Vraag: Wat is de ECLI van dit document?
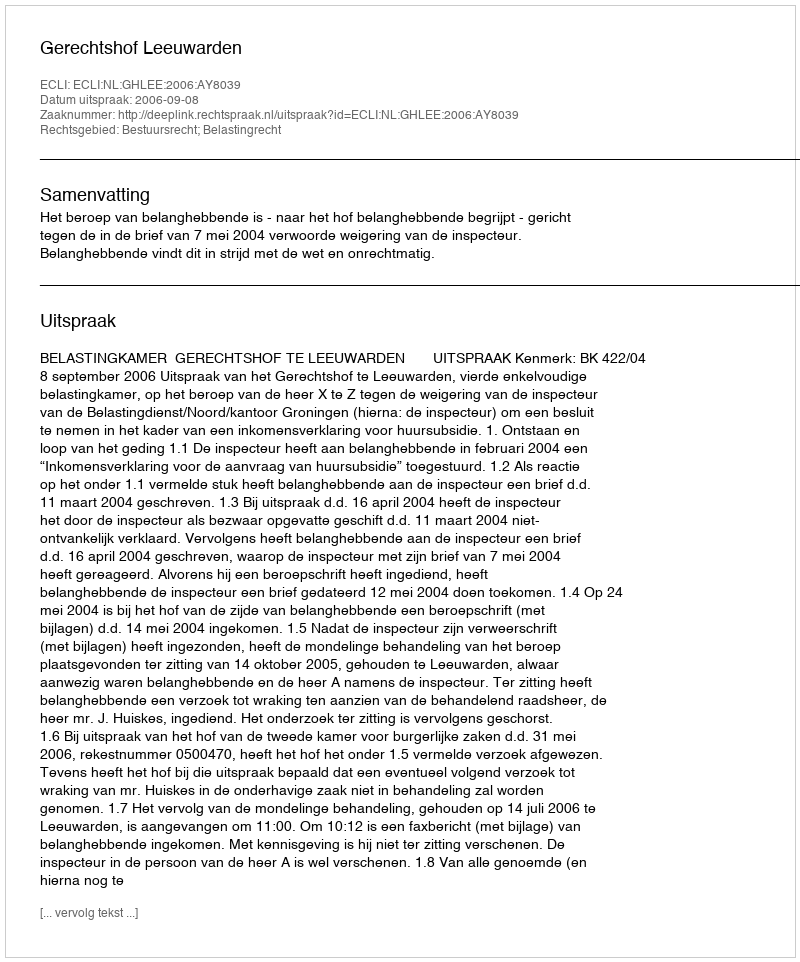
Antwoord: ECLI:NL:GHLEE:2006:AY8039